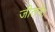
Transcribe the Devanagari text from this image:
जीतने।